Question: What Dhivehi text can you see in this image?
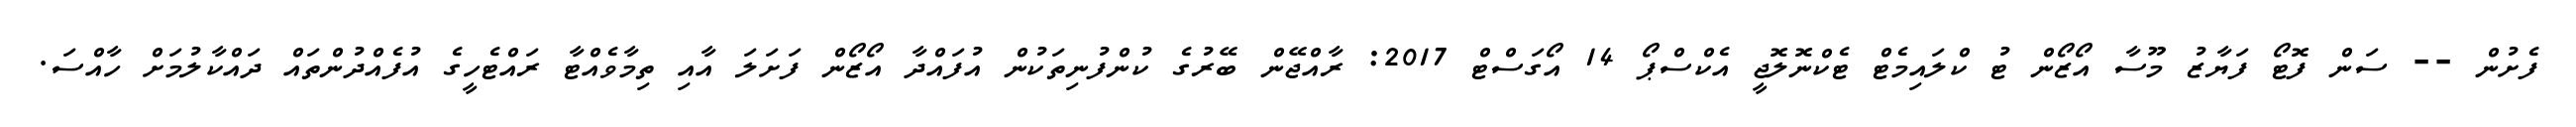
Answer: ފެށުން -- ސަން ފޮޓޯ ފަޔާޒު މޫސާ އޯޒޯން ޓު ކްލައިމެޓް ޓެކްނޮލޮޖީ އެކްސްޕޯ 14 އޯގަސްޓް 2017: ރާއްޖޭން ބޭރުގެ ކުންފުނިތަކުން އުފައްދާ އޯޒޯން ފަށަލަ އާއި ތިމާވެއްޓާ ރައްޓެހީގެ އުފެއްދުންތައް ދައްކާލުމަށް ހާއްސަ.